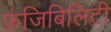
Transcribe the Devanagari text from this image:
फ़ंजिबिलिटी